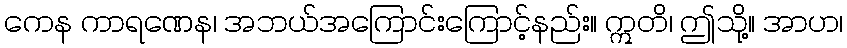
ကေန ကာရဏေန၊ အဘယ်အကြောင်းကြောင့်နည်း။ ဣတိ၊ ဤသို့။ အာဟ၊